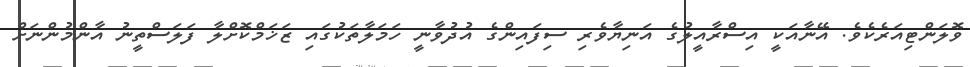
ވޮލަންޓިއަރެކެވެ. އޭނާއަކީ އިސްރާއީލުގެ އަނިޔާވެރި ސިފައިންގެ އުދުވާނީ ހަމަލާތަކުގައި ޒަޚަމްކޮށްލާ ފަލަސްތީނު އާންމުންނަށް